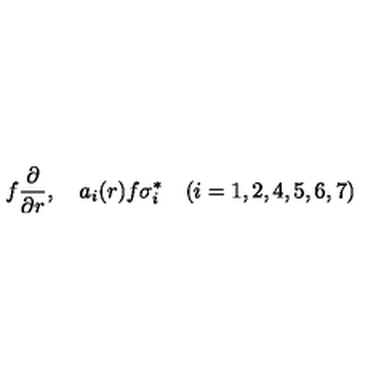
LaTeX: f { \frac { \partial } { \partial r } } , \quad a _ { i } ( r ) f \sigma _ { i } ^ { * } \quad ( i = 1 , 2 , 4 , 5 , 6 , 7 )